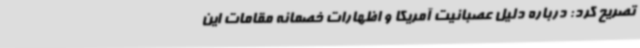
تصریح کرد: درباره دلیل عصبانیت آمریکا و اظهارات خصمانه مقامات این